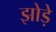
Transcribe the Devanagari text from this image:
झोड़े